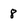
Character: 8